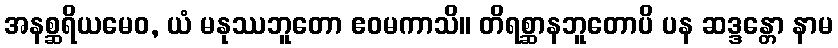
အနစ္ဆရိယမေဝ, ယံ မနုဿဘူတော ဧဝမကာသိ။ တိရစ္ဆာနဘူတောပိ ပန ဆဒ္ဒန္တော နာမ